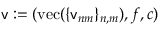
\mathsf { v } : = ( \mathrm { v e c } ( \{ \mathsf { v } _ { n m } \} _ { n , m } ) , f , c )